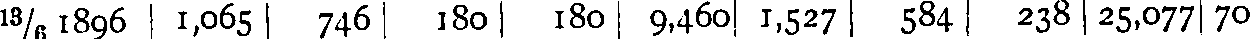
¹³/₆ /1890 1,065 746 180 180 9,460 1,527 584 238 25,077 70